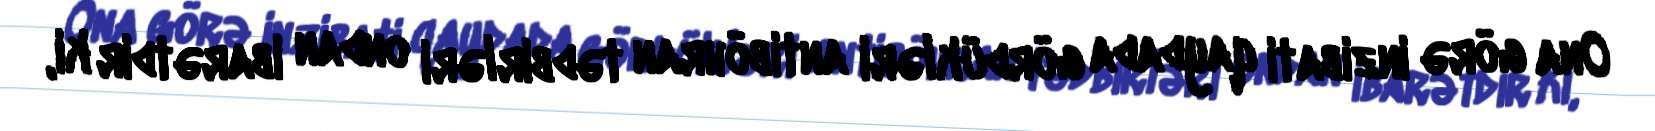
Ona görə inzibati qaydada gördükləri antiböhran tədbirləri ondan ibarətdir ki,